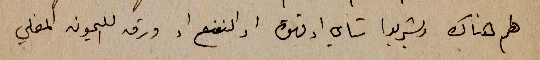
لهم هناك ويشربوا شاي اوقهوة او النعنع او ورق الليمون المغلي